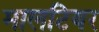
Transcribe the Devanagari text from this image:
मालटियर